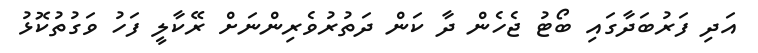
އަދި ފަރުބަދާގައި ބޯޓު ޖެހެން ދާ ކަން ދަތުރުވެރިންނަށް ރޭކާލީ ފަހު ވަގުތުކޮޅު